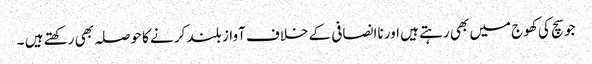
جو سچ کی کھوج میں بھی رہتے ہیں اور ناانصافی کے خلاف آواز بلند کر نے کا حوصلہ بھی رکھتے ہیں ۔